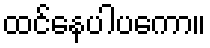
ထင်နေပါပကော။